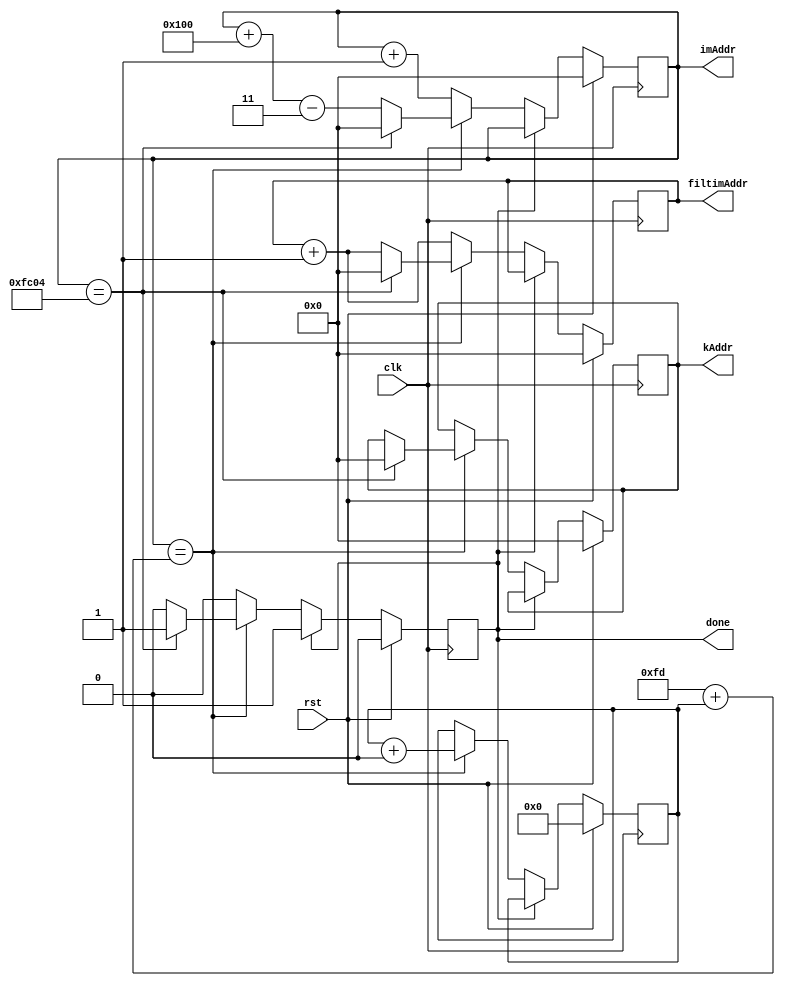
module controller(
    input rst, clk,
    output reg done,
    output reg [15:0] imAddr, kAddr, filtimAddr
);

parameter IMG_SIZE = 256;
parameter KER_SIZE = 3;

reg [7:0] column_offset;

always@(posedge clk) 
begin
    
    if(rst)
    begin
        imAddr <= 1'b0;
        kAddr <= 1'b0;
        filtimAddr <= 1'b0;
        column_offset <= 1'b0;
        done <= 1'b0;
    end

    else
    begin
        if (!done)
        begin

            imAddr <= imAddr + 1'b1;
            filtimAddr <= filtimAddr + 1'b1;
      
            if (imAddr == (IMG_SIZE - KER_SIZE + column_offset))
            begin
            
                column_offset <= column_offset + IMG_SIZE;
                imAddr <= imAddr + IMG_SIZE - KER_SIZE;

                if (imAddr == (IMG_SIZE-2)*(IMG_SIZE-2))
                begin
                    done <= 1'b1;
                    imAddr <= 1'b0;
                    kAddr <= 1'b0;
                    filtimAddr <= 1'b0;
                end
            end
        end
    end
end

endmodule